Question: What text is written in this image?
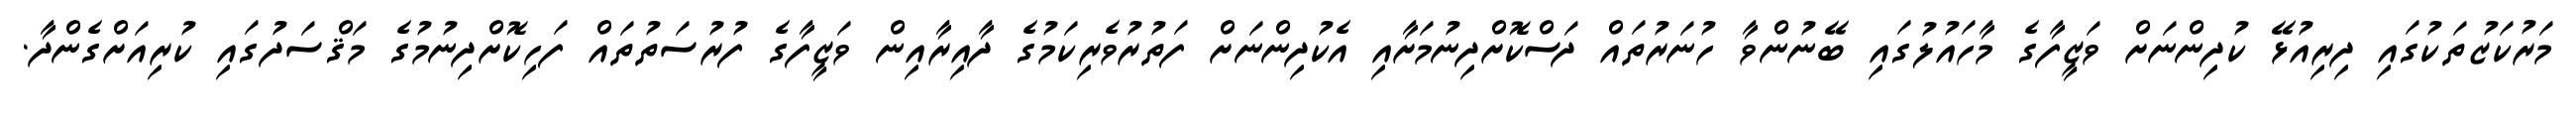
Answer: މަރުކަޒުތަކުގައި ދިރިއުޅޭ ކުދިންނަށް ވަޒީފާގެ މާހައުލުގައި ބޭނުންވާ ހުނަރުތައް ދަސްކޮށްދިނުމަށާއި އެކުދިންނަށް ފަތުރުވެރިކަމުގެ ދާއިރާއިން ވަޒީފާގެ ފުރުސަތުތައް ފަހިކޮށްދިނުމުގެ މަޤްސަދުގައި ކުރިއަށްގެންދާ.